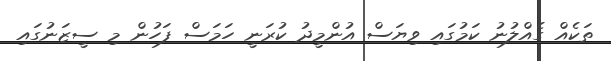
ތަކެއް ގެއްލުނު ކަމުގައި ވިޔަސް އުންމީދު ކުރަނީ ހަމަސް ފަހުން މި ސީޒަނުގައި